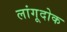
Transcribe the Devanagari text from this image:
लांगूदोक